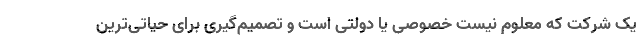
یک شرکت که معلوم نیست خصوصی یا دولتی است و تصمیم‌گیری برای حیاتی‌ترین